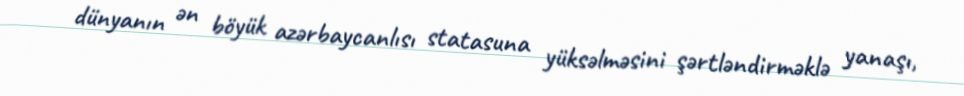
dünyanın ən böyük azərbaycanlısı statasuna yüksəlməsini şərtləndirməklə yanaşı,